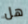
هل